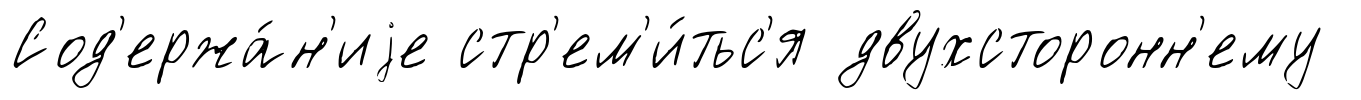
Сод'ержа́н'иjе стр'ем'и́тьс'я двухсторонн'ему